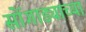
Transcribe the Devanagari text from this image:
सोंगाड्याच्या